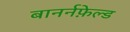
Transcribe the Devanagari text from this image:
बानर्नफ़ेल्ड